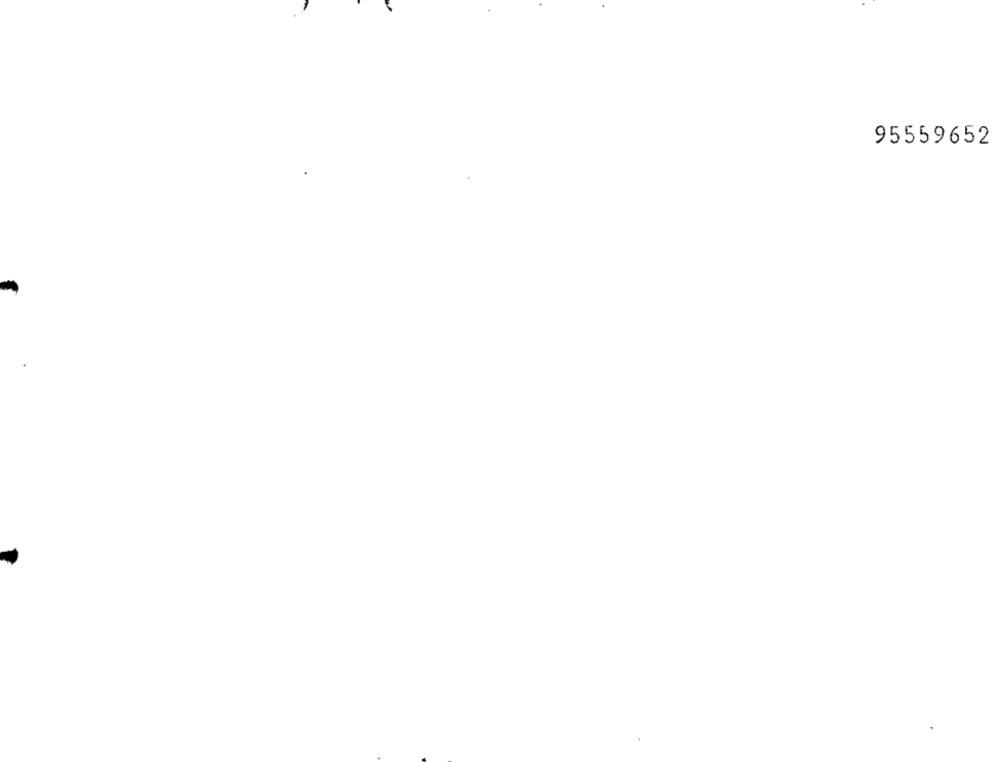
95559652